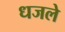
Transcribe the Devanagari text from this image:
धजले